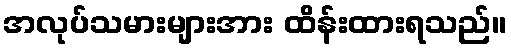
အလုပ်သမားများအား ထိန်းထားရသည်။